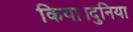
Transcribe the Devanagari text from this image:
किया।दुनिया